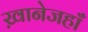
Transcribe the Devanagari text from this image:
ख़ानेजहाँ